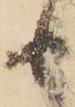
れ